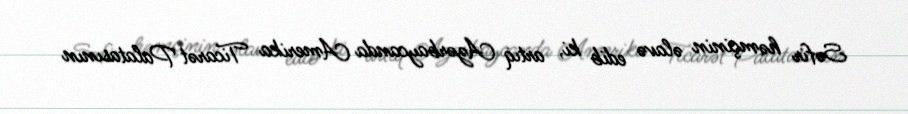
Səfir həmçinin əlavə edib ki, artıq Azərbaycanda Amerika Ticarət Palatasının